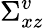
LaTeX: \Sigma_{xz}^{v}